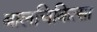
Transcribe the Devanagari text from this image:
बालचिकित्सा